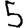
Digit: 5